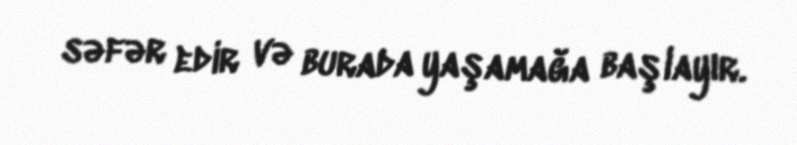
səfər edir və burada yaşamağa başlayır.